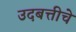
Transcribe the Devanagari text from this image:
उदबत्तीचे